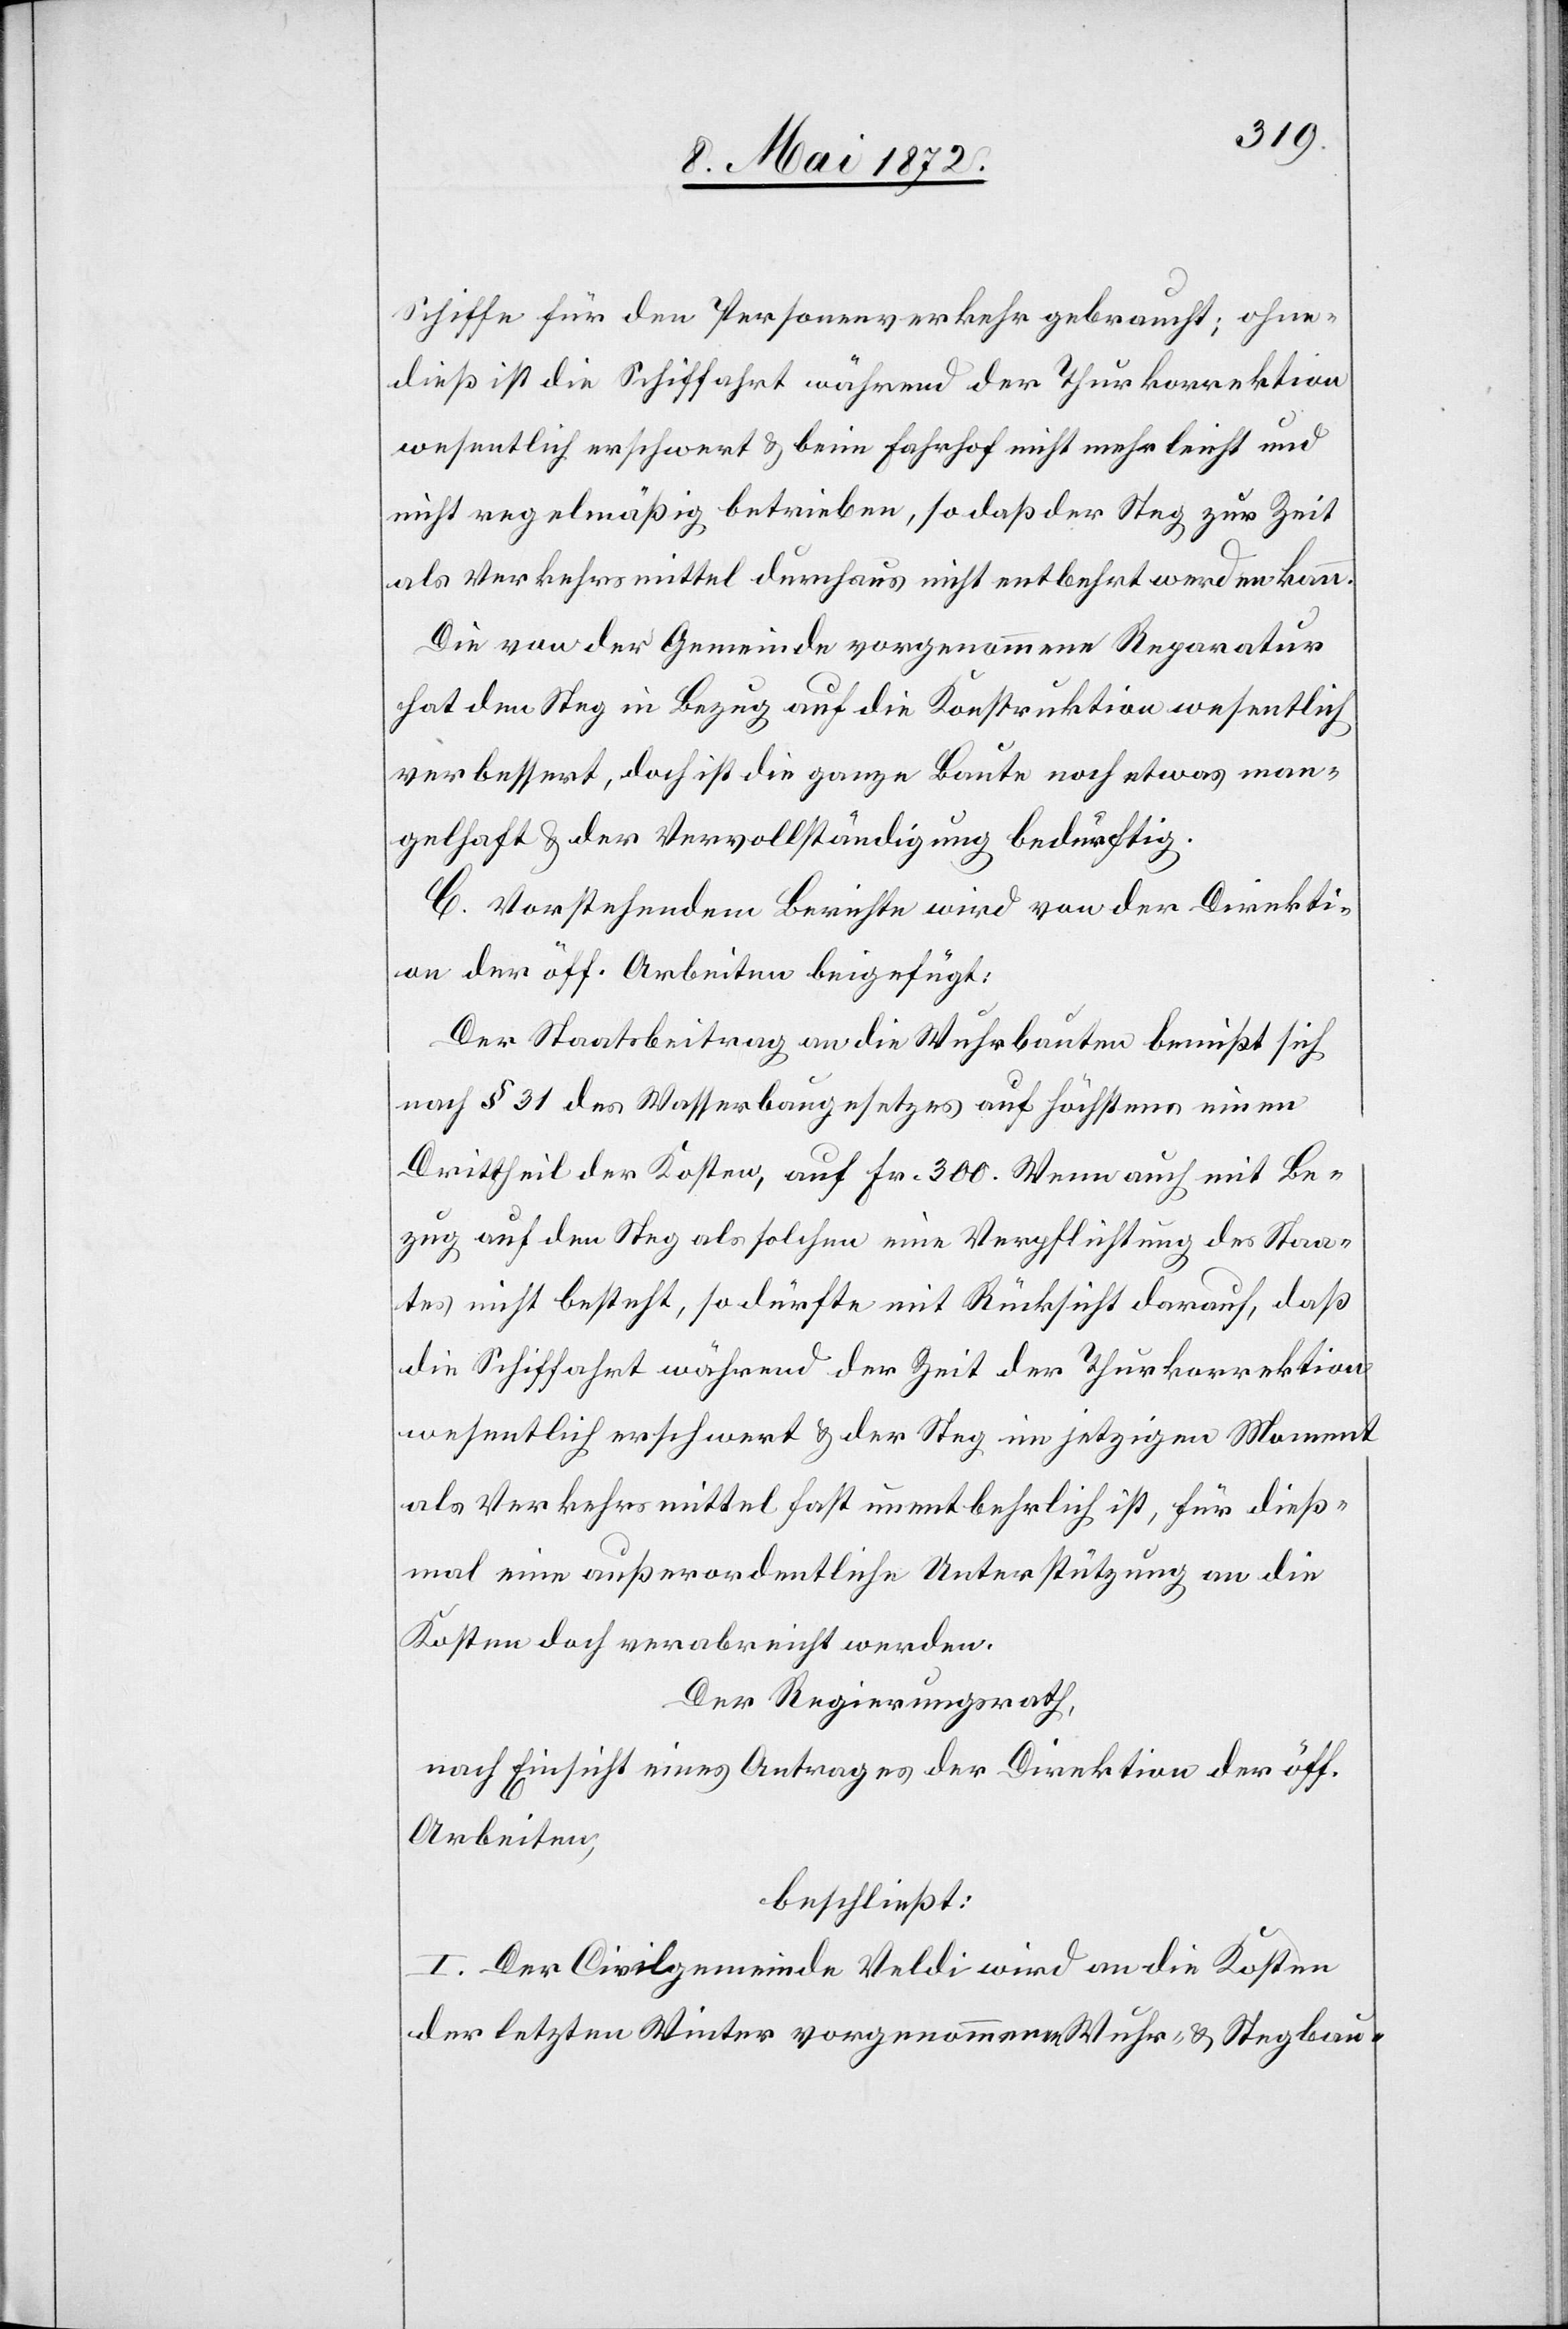
Schiffe für den Personenverkehr gebraucht; ohne¬
dieß ist die Schiffahrt während der Thurkorrektion
wesentlich erschwert u. beim Fahrhof nicht mehr leicht und
nicht regelmäßig betrieben, so daß der Steg zur Zeit
als Verkehrsmittel durchaus nicht entbehrt werden kann.
Die von der Gemeinde vorgenommene Reparatur
hat den Steg in Bezug auf die Konstruktion wesentlich
verbessert, doch ist die ganze Baute noch etwas man¬
gelhaft u. der Vervollständigung bedurftig.
C. Vorstehendem Berichte wird von der Direkti¬
on der öff. Arbeiten beigefügt:
Der Staatsbeitrag an die Wuhrbauten bemißt sich
nach § 31 des Wasserbaugesetzes auf höchstens einen
Drittheil der Kosten, auf Fr 300. Wenn auch mit Be¬
zug auf den Steg als solchen eine Verpflichtung des Staa¬
tes nicht besteht, so dürfte mit Rücksicht darauf, daß
die Schiffahrt während der Zeit der Thurkorrektion
wesentlich erschwert u. der Steg im jetzigen Moment
als Verkehrsmittel fast unentbehrlich ist, für dieß¬
mal eine außerordentliche Unterstützung an die
Kosten doch verabreicht werden.
Der Regierungsrath,
nach Einsicht eines Antrages der Direktion der öff.
Arbeiten,
beschließt:
I. Der Civilgemeinde Veldi wird an die Kosten
der letzte Winter vorgenommenen Wuhr- u. Stegbau-